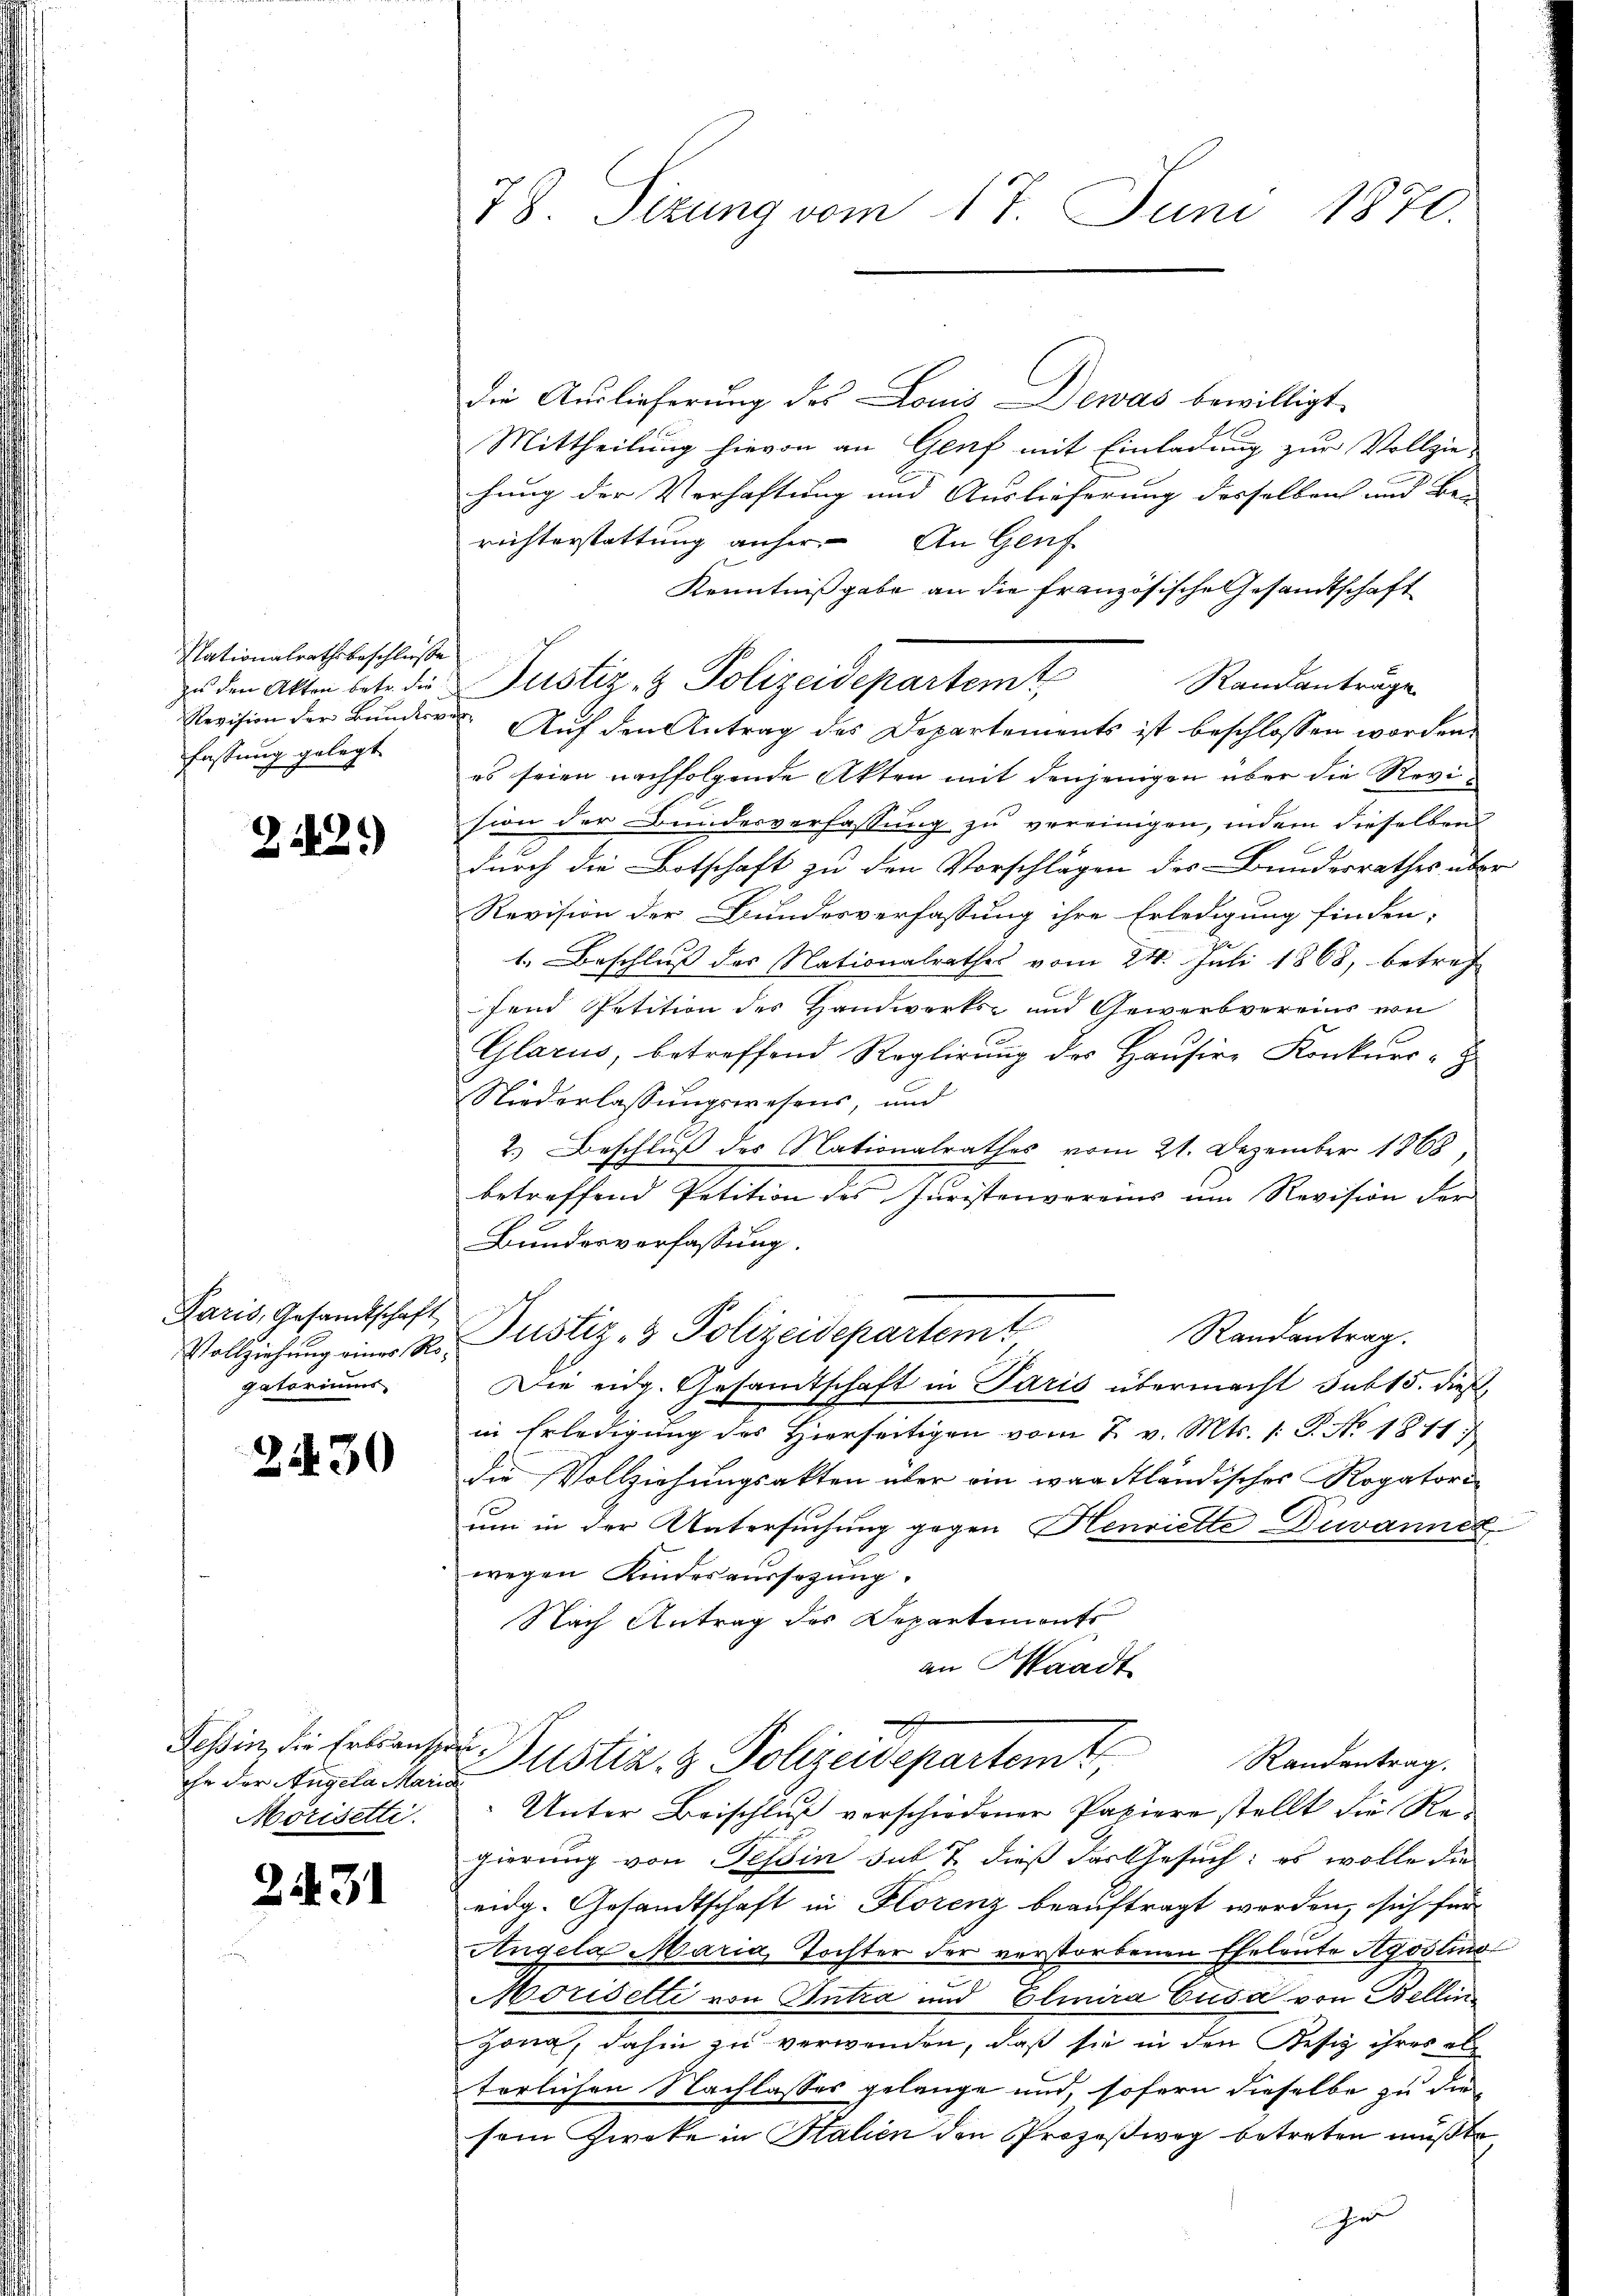
Nationalrathsbeschlüsse
zu den Akten betr. die
fassung gelegt

222.)

Paris, Gesandtschaft
gatoriums

24430

Tessin, die Erbsanspruihr der Angela Maria
Mörisette.

2431

78. Sizung vom 17. Juni 1870.

die Auslieferung des Louis Dewas bewilligt
Mittheilung hievon an Genf mit Einladung zur Vollziehung der Verhaftung und Auslieferung desselben und Be-
richterstattung anher. An Genf
Kenntnißgabe an die französische Gesandtschaft
Justiz- & Polizeidepartemt
Randanträge
Revision der Bundere Auf den Antrag des Departements ist beschlossen worden.
es seien nachfolgende Akten mit denjenigen über die Revision der Bundesverfassung zu vereinigen, indem dieselben
durch die Botschaft zu den Vorschlägen des Bundesrathes über
Revision der Bundesverfassung ihre Erledigung finden;
1. Beschluß des Nationalrathes vom 24. Juli 1868, betref
fend Petition des Handwerks- und Gewerbvereins von
Glarus, betreffend Roglirung des Hausire Konkurs-
Niederlassungswesens, und
2.) Beschluß des Nationalrathes vom 21. Dezember 1868,
betreffend Petition des Juristenvereins um Revision der
Bundesverfassung.
Randantrag.
Vollziehung einer Ro. Justiz- & Polizeidepartemt
Die eidg. Gesandtschaft in Paris übermacht sub 15. dieß
in Erledigung des Hierseitigen vom 2. v. Mts. 1: P. No. 1811.
die Vollziehungsakten über ein waadtländisches Rogatorium in der Untersuchung gegen Henriette Duvanne
wegen Kindesaussagung.
Nach Antrag des Departements
an Waadt
Pustiz- & Polizeidepartemt,
Randantrag.
Unter Beischluß verschiedener Papiere stellt die Regierung von Tessin sub T. dieß das Gesuch: es wolle die
eidg. Gesandtschaft in Florenz beauftragt worden, sich für
Angela Maria, Tochter der verstorbenen Eheleute Agostinot
Moriselti von Antra und Eliira Cusa von Bellin
Zona, dahin zu verwenden, daß sie in den Kesiz ihres alterlichen Nachlasses gelange und, sofern dieselbe zu die
sein Zweke in Italien den Prozeßweg betreten mußte,
e